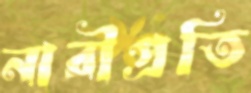
নারীপ্রতি